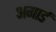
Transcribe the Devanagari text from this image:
अगार्ड